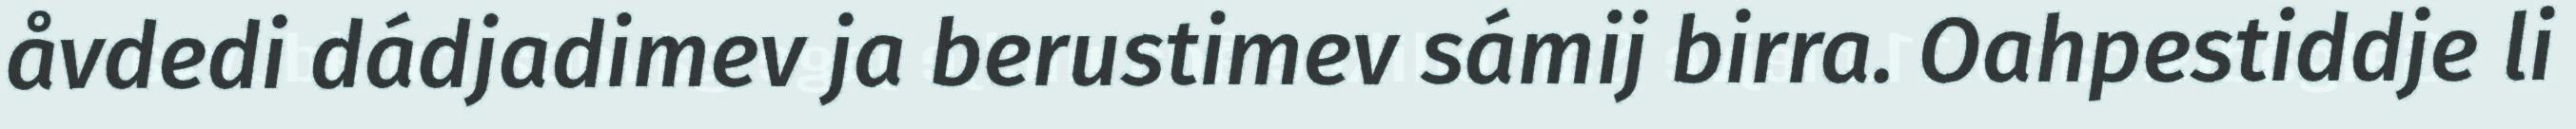
åvdedi dádjadimev ja berustimev sámij birra. Oahpestiddje li